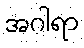
အဂါရာ